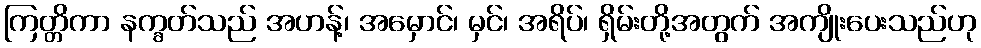
ကြတ္တိကာ နက္ခတ်သည် အဟန့်၊ အမှောင်၊ မှင်၊ အရိပ်၊ ရှိမ်းတို့အတွက် အကျိုးပေးသည်ဟု